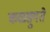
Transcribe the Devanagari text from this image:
कळङ्गुते